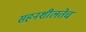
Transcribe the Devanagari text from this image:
सहनशीलतेच